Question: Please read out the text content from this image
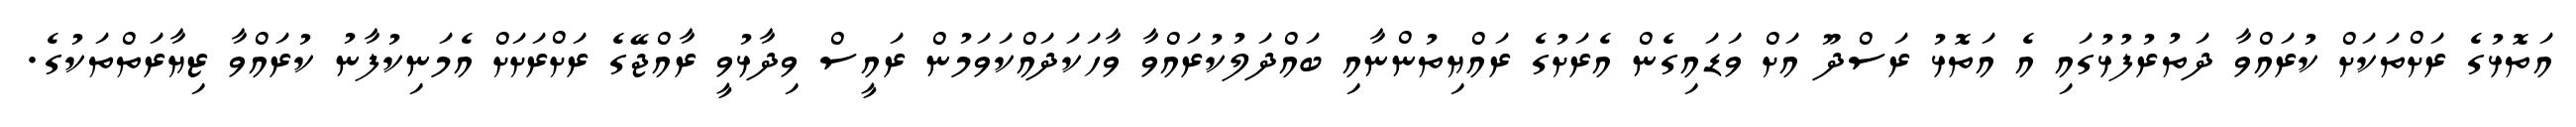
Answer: އަތޮޅުގެ ރަށްތަކަށް ކުރައްވާ ދަތުރުފުޅުގައި އެ އަތޮޅު ރަސްދޫ އަށް ވަޑައިގެން އެރަށުގެ ރައްޔިތުންނާއި ބައްދަލުކުރައްވާ ވާހަކަދައްކަވަމުން ރައީސް ވިދާޅުވީ ރާއްޖޭގެ ރަށްރަށަށް އެމަނިކުފާނު ކުރައްވާ ޒިޔާރަތްތަކުގެ.